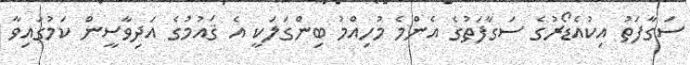
ސަގާފަތު އިކުއެޑޯރުގެ ސަގާފަތުގެ އެންމެ މުހިއްމު ބިންގަލަކީ އެ ޤައުމުގެ އަދިވާސީން ކަމުގައިވާ